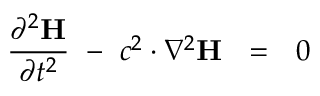
{ \frac { \partial ^ { 2 } \mathbf { H } } { \partial t ^ { 2 } } } \ - \ c ^ { 2 } \cdot \nabla ^ { 2 } \mathbf { H } \ \ = \ \ 0